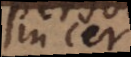
in certa